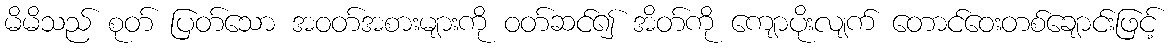
မိမိသည် စုတ် ပြတ်သော အဝတ်အစားများကို ဝတ်ဆင်၍ အိတ်ကို ကျောပိုးလျက် တောင်ဝေးတစ်ချောင်းဖြင့်